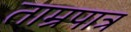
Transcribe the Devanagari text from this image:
ताम्रपात्र